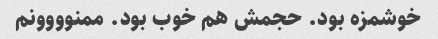
خوشمزه بود. حجمش هم خوب بود. ممنوووونم